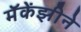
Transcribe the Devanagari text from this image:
मॅकेंझीने